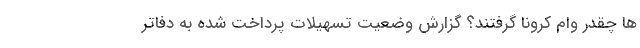
ها چقدر وام کرونا گرفتند؟ گزارش وضعیت تسهیلات پرداخت شده به دفاتر